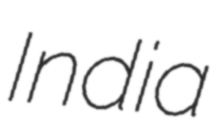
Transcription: India